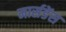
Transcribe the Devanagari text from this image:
मार्सडेंस